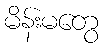
မိန်းမတွေ